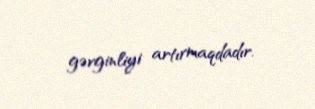
gərginliyi artırmaqdadır.